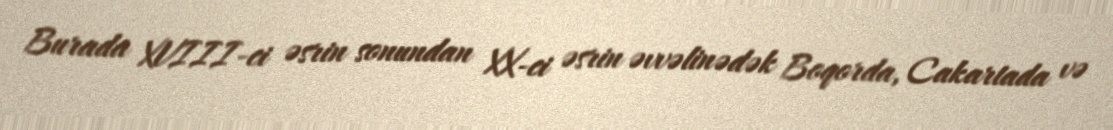
Burada XVIII-ci əsrin sonundan XX-ci əsrin əvvəlinədək Boqorda, Cakartada və